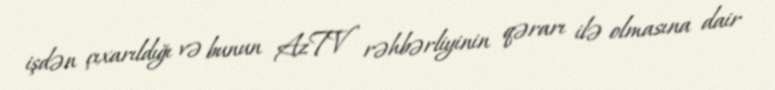
işdən çıxarıldığı və bunun AzTV rəhbərliyinin qərarı ilə olmasına dair